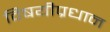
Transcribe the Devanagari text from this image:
विषयीप्रधान